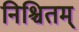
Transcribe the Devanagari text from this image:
निश्चितम्